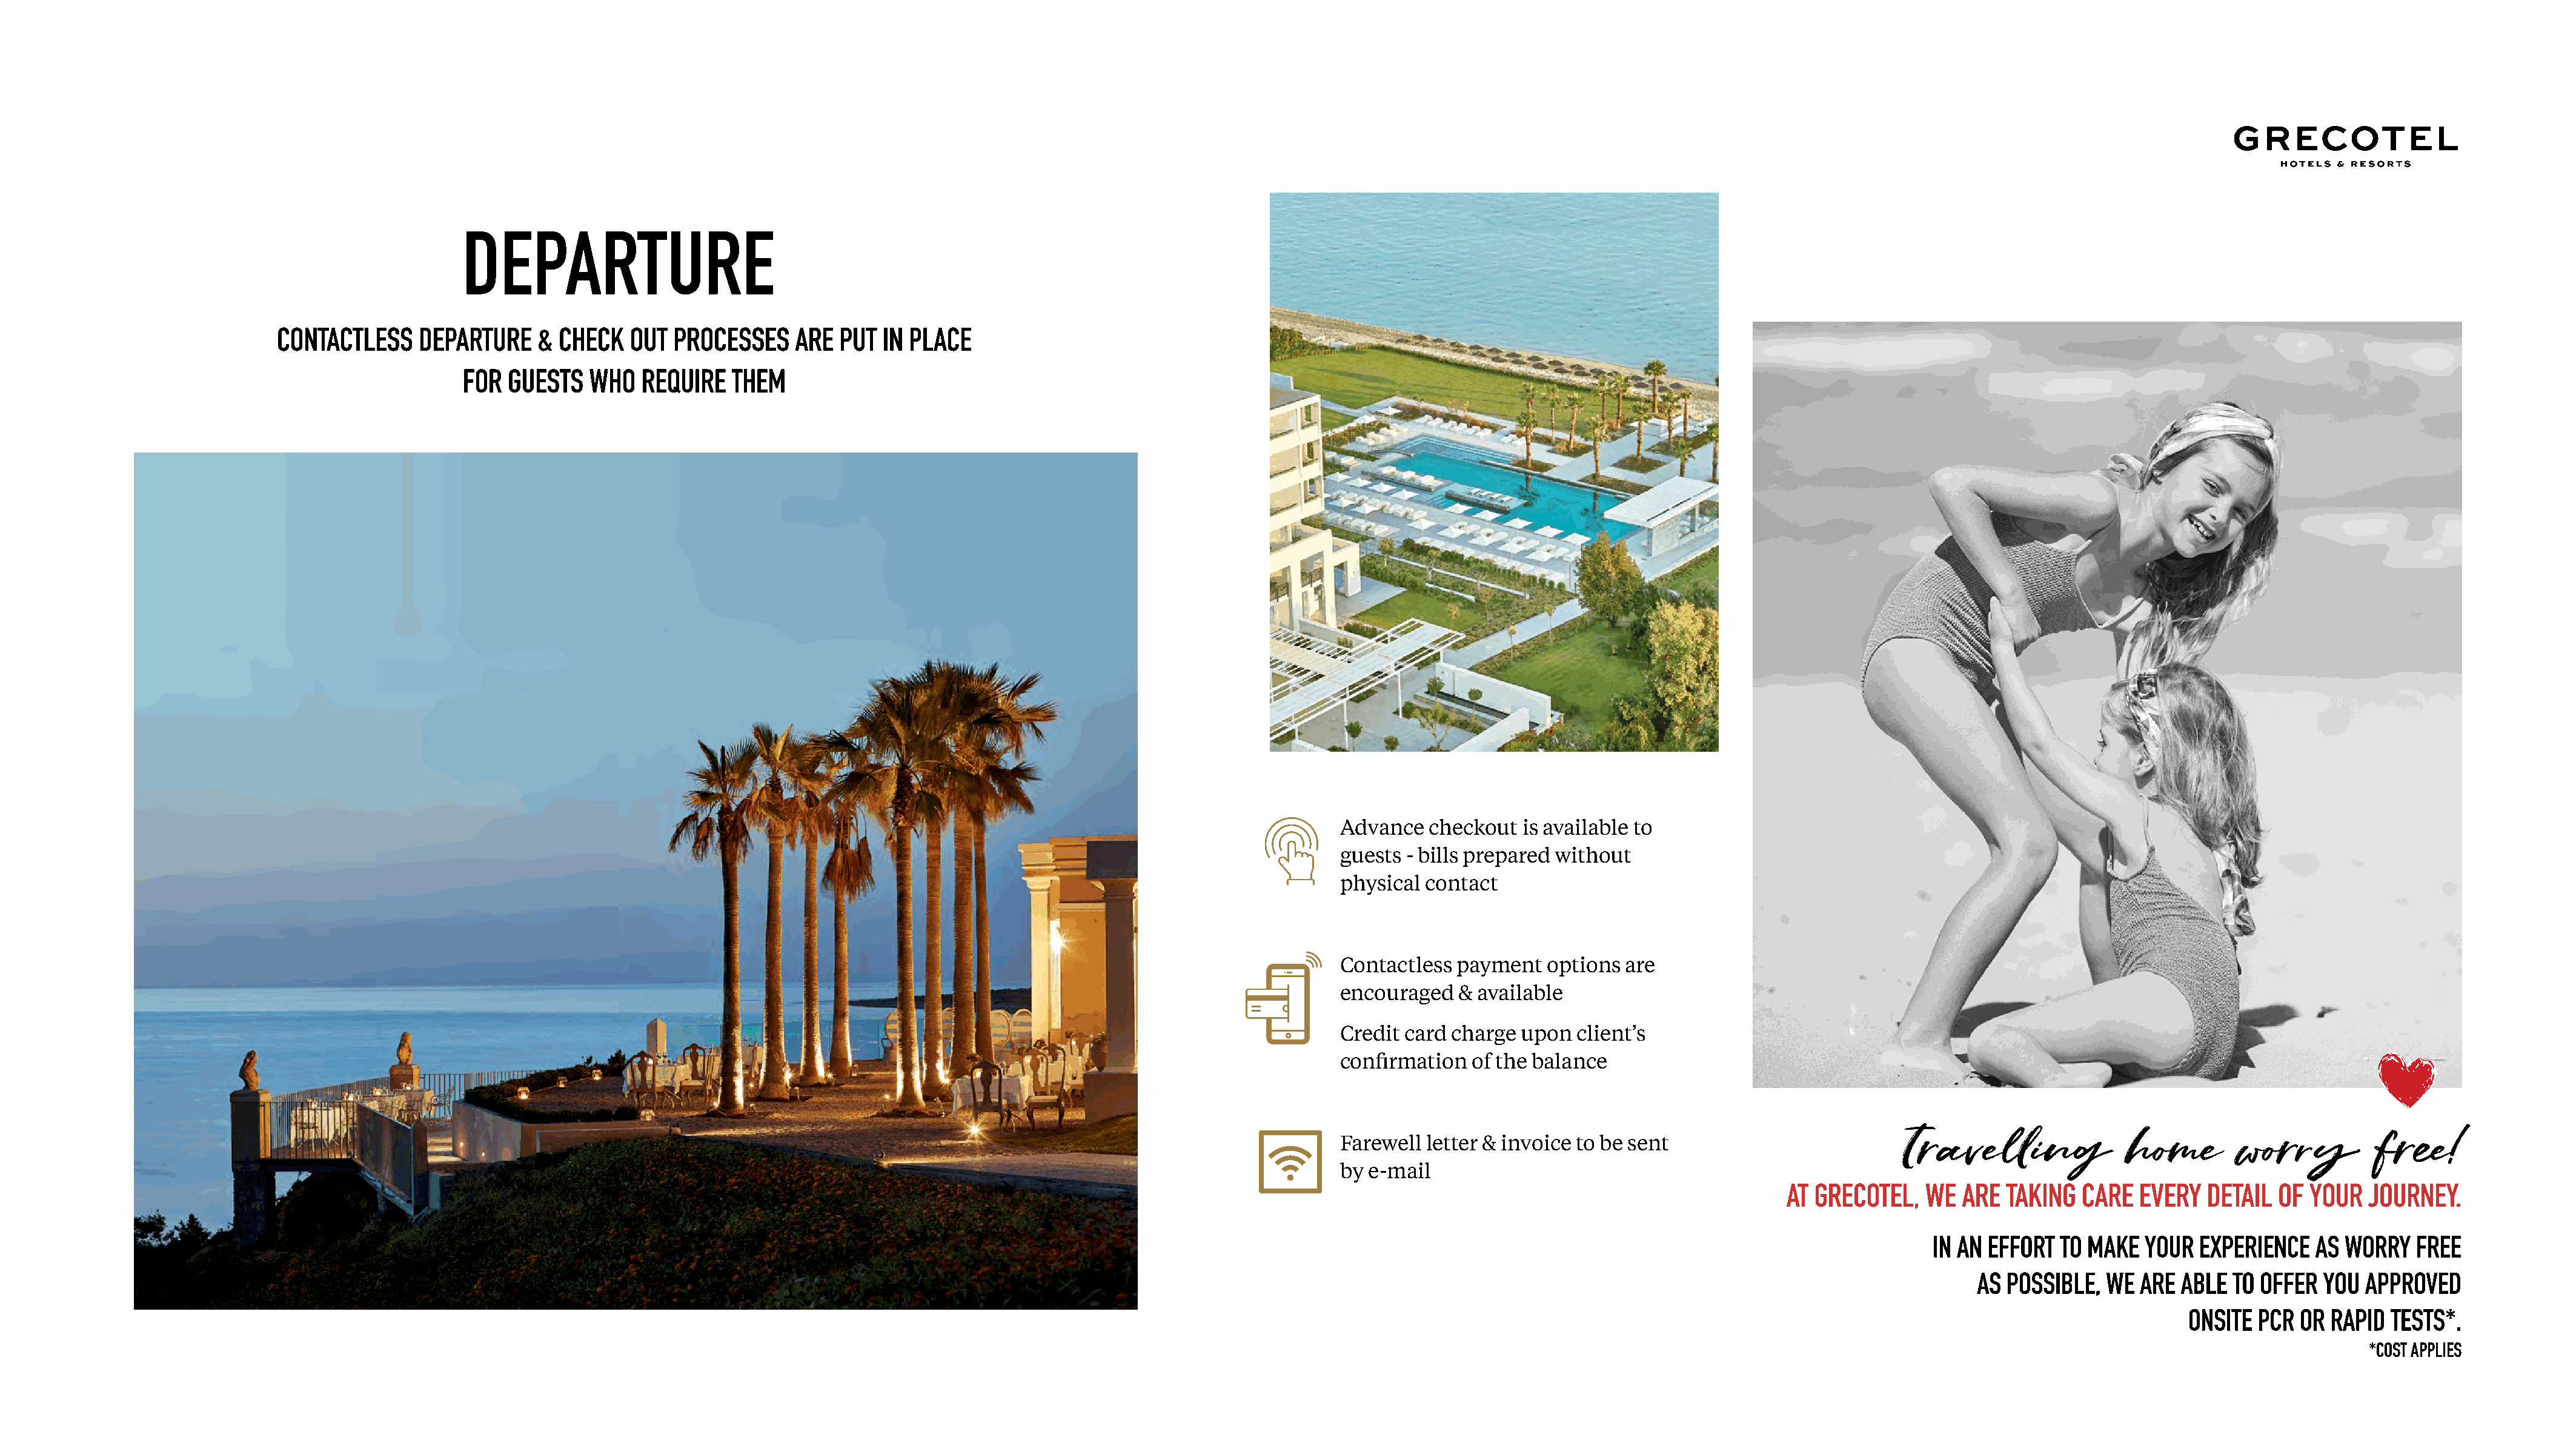
DEPARTURE
 CONTACTLESS     DEPARTURE    & CHECK   OUT  PROCESSES    ARE  PUT IN PLACE
 FOR GUESTS   WHO   REQUIRE   THEM
 Advance   checkout  is available to
 guests  - bills prepared without
 physical  contact
 Contactless  payment   options  are
 encouraged   & available
 Credit card  charge upon  client’s
 confirmation   of the balance
 Travelling              home        worry          free!
 Farewell  letter & invoice to be sent
 by  e-mail
 AT GRECOTEL,   WE  ARE  TAKING  CARE   EVERY  DETAIL  OF YOUR   JOURNEY.
 IN AN EFFORT  TO MAKE  YOUR  EXPERIENCE   AS WORRY   FREE
 AS POSSIBLE,  WE  ARE ABLE  TO OFFER  YOU APPROVED
 ONSITE  PCR OR  RAPID TESTS*.
 *COST APPLIES